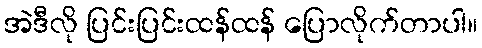
အဲဒီလို ပြင်းပြင်းထန်ထန် ပြောလိုက်တာပါ။